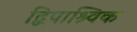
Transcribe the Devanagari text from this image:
द्विपाश्र्विक